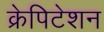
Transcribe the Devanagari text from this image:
क्रेपिटेशन